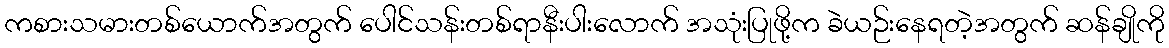
ကစားသမားတစ်ယောက်အတွက် ပေါင်သန်းတစ်ရာနီးပါးလောက် အသုံးပြုဖို့က ခဲယဉ်းနေရတဲ့အတွက် ဆန်ချိုကို